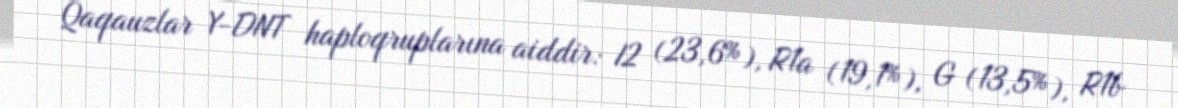
Qaqauzlar Y-DNT haploqruplarına aiddir: I2 (23,6%), R1a (19,1%), G (13,5%), R1b